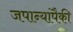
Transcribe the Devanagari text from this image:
जपान्यांपैकी